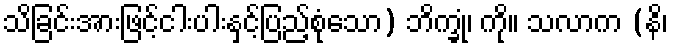
သိခြင်းအားဖြင့်ငါးပါးနှင့်ပြည့်စုံသော) ဘိက္ခုံ၊ ကို။ သလာက (နိ၊